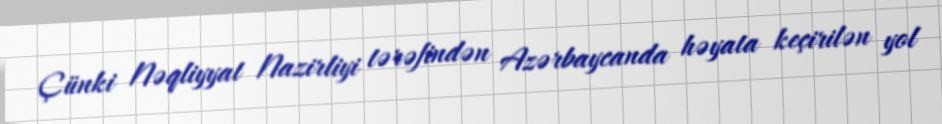
Çünki Nəqliyyat Nazirliyi tərəfindən Azərbaycanda həyata keçirilən yol